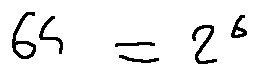
6 4 = 2 ^ { 6 }